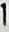
1